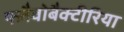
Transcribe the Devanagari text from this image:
फ्लैवोबैक्टीरिया